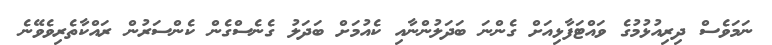
ނަމަވެސް ދިރިއުޅުމުގެ ވައްޓަފާޅިއަށް ގެންނަ ބަދަލުންނާއި ކެއުމަށް ބަދަލު ގެނެސްގެން ކެންސަރުން ރައްކާތެރިވެވޭނެ